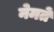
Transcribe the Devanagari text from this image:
नेमतें